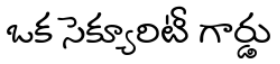
ఒక సెక్యూరిటీ గార్డు